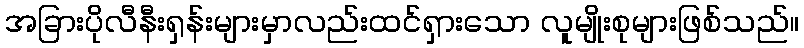
အခြားပိုလီနီးရှန်းများမှာလည်းထင်ရှားသော လူမျိုးစုများဖြစ်သည်။